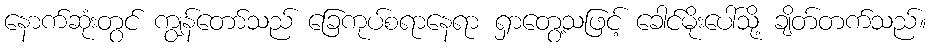
နောက်ဆုံးတွင် ကျွန်တော်သည် ခြေကုပ်စရာနေရာ ရှာတွေ့သဖြင့် ခေါင်မိုးပေါ်သို့ ချိတ်တက်သည်။